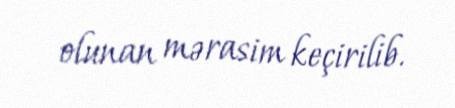
olunan mərasim keçirilib.